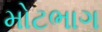
મોટભાગ